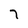
Character: 7